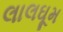
લાલઘૂમ